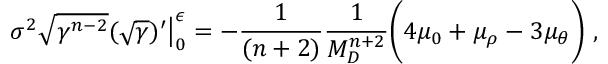
\sigma ^ { 2 } \sqrt { \gamma ^ { n - 2 } } ( \sqrt { \gamma } ) ^ { \prime } \big | _ { 0 } ^ { \epsilon } = - \frac { 1 } { ( n + 2 ) } \frac { 1 } { M _ { D } ^ { n + 2 } } \bigg ( 4 \mu _ { 0 } + \mu _ { \rho } - 3 \mu _ { \theta } \bigg ) ~ ,